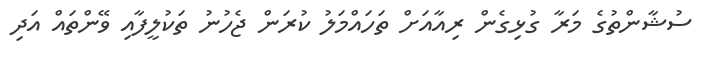
ސުޝާންތުގެ މަރާ ގުޅިގެން ރިއާއަށް ތަހައްމަލު ކުރަން ޖެހުނު ތަކުލީފާއި ވޭންތައް އަދި